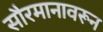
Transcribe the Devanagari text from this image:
सौरमानावरून